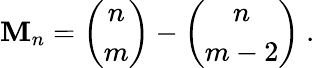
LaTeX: \mathbf{M}_{n}=\left(\begin{array}{c}{{n}}\\ {{m}}\end{array}\right)-\left(\begin{array}{c}{{n}}\\ {{m-2}}\end{array}\right)~.